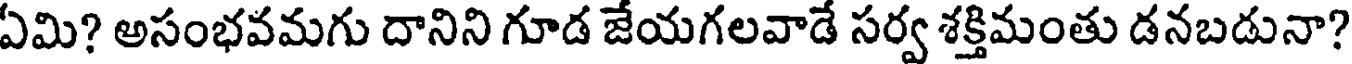
ఏమి? అసంభవమగు దానిని గూడ జేయగలవాడే సర్వ శక్తిమంతు డనబడునా?